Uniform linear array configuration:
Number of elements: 8
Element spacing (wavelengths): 0.75
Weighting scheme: hann
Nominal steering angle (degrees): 0
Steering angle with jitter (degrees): -1.285
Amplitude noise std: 0.05
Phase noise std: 0.05

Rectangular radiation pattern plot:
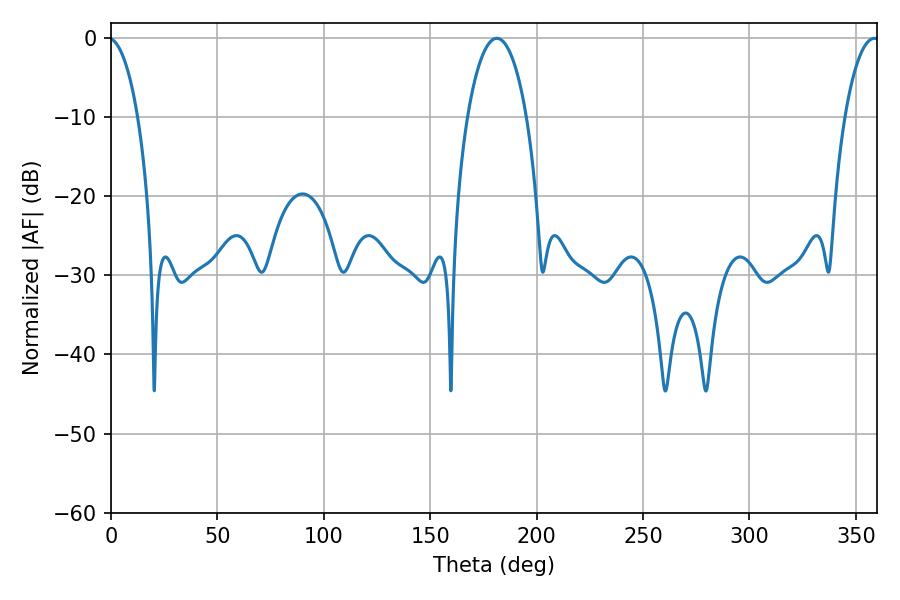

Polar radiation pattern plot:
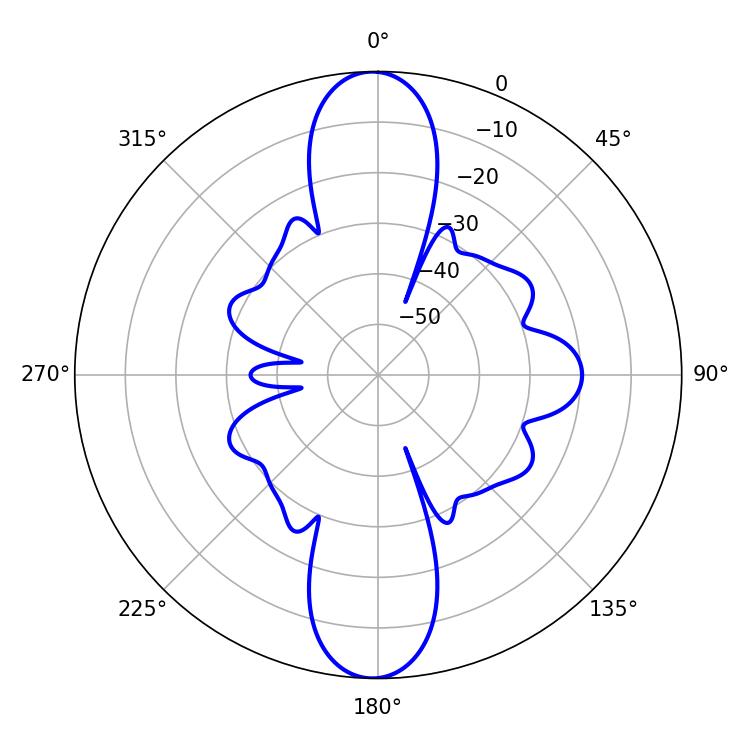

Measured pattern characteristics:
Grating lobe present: TRUE
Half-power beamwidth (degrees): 15.66
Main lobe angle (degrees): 181.26